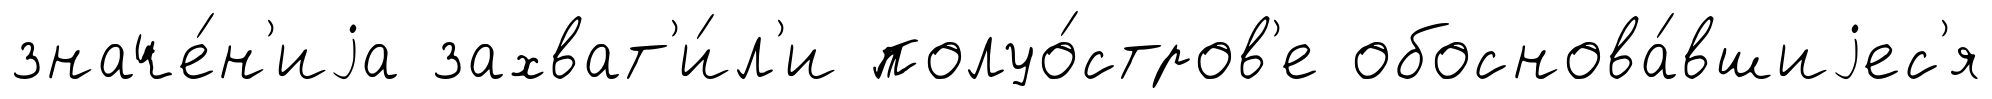
значе́н'иjа захват'и́л'и полуо́стров'е обоснова́вшиjес'я